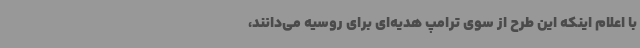
با اعلام اینکه این طرح از سوی ترامپ هدیه‌ای برای روسیه می‌دانند،